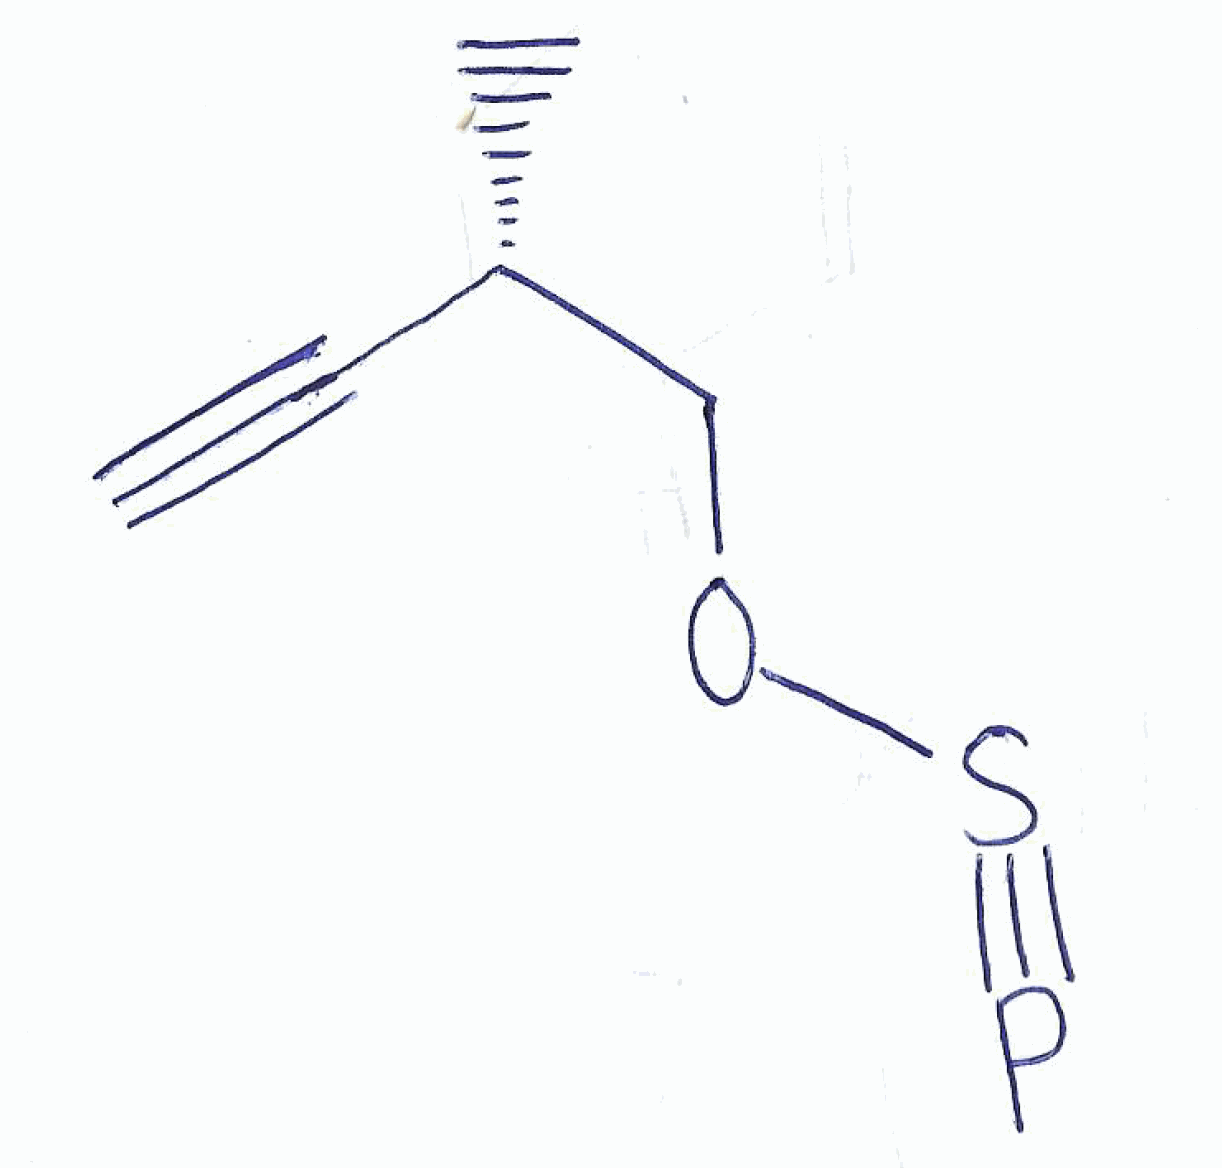
Simplified molecular-input line-entry system (SMILES) notation of the given molecule:
C[C@H](COS#P)C#C